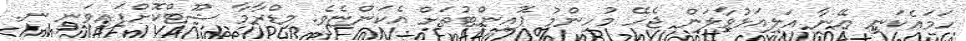
ހަމައެކަނި އޭނާ އަލިއަޅުވާލަން ޖެހޭ މުހިންމު ޕޮއިންޓުތަށް އެކަންޏެވެ. މިޑްރާމާ ޝޫޓްކޮށްފައިވަނީ ނ.